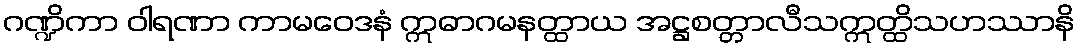
ဂဏ္ဍိကာ ဝါရဏာ ကာမဝေဒနံ ဣဓာဂမနတ္ထာယ အဋ္ဌစတ္တာလီသဣတ္ထိသဟဿာနိ